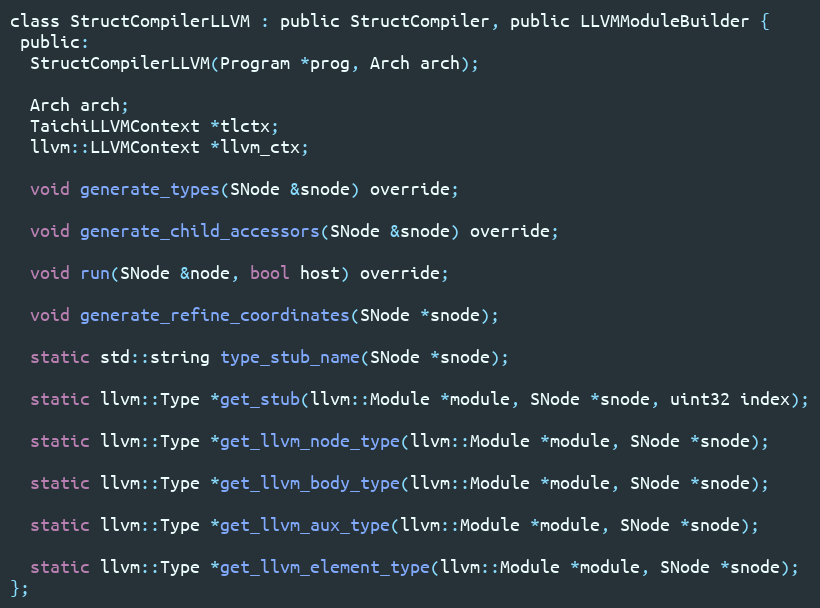
Language: C
class StructCompilerLLVM : public StructCompiler, public LLVMModuleBuilder {
 public:
  StructCompilerLLVM(Program *prog, Arch arch);

  Arch arch;
  TaichiLLVMContext *tlctx;
  llvm::LLVMContext *llvm_ctx;

  void generate_types(SNode &snode) override;

  void generate_child_accessors(SNode &snode) override;

  void run(SNode &node, bool host) override;

  void generate_refine_coordinates(SNode *snode);

  static std::string type_stub_name(SNode *snode);

  static llvm::Type *get_stub(llvm::Module *module, SNode *snode, uint32 index);

  static llvm::Type *get_llvm_node_type(llvm::Module *module, SNode *snode);

  static llvm::Type *get_llvm_body_type(llvm::Module *module, SNode *snode);

  static llvm::Type *get_llvm_aux_type(llvm::Module *module, SNode *snode);

  static llvm::Type *get_llvm_element_type(llvm::Module *module, SNode *snode);
};